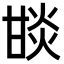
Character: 𤯇